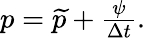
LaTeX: \begin{array}{r}{p=\widetilde{p}+\frac{\psi}{\Delta t}.}\end{array}